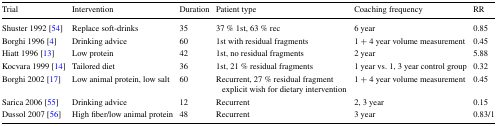
| Trial | Intervention | Duration | Patient type | Coaching frequency | RR |
 | --- | --- | --- | --- | --- | --- |
 | Shuster 1992 [54] | Replace soft-drinks | 35 | 37 % 1st, 63 % rec | 6 year | 0.85 |
 | Borghi 1996 [4] | Drinking advice | 60 | 1st with residual fragments | 1 + 4 year volume measurement | 0.45 |
 | Hiatt 1996 [13] | Low protein | 42 | 1st, no residual fragments | 2 year | 5.88 |
 | Kocvara 1999 [14] | Tailored diet | 36 | 1st, 21 % residual fragments | 1 year vs. 1, 3 year control group | 0.32 |
 | Borghi 2002 [17] | Low animal protein, low salt | 60 | Recurrent, 27 % residual fragment explicit wish for dietary intervention | 1 + 4 year volume measurement | 0.45 |
 | Sarica 2006 [55] | Drinking advice | 12 | Recurrent | 2, 3 year | 0.15 |
 | Dussol 2007 [56] | High fiber/low animal protein | 48 | Recurrent | 3 year | 0.83/1 |